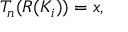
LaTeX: T _ { n } ( R ( K _ { i } ) ) = x ,